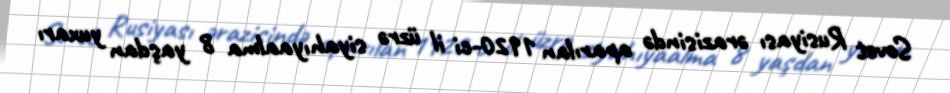
Sovet Rusiyası ərazisində aparılan 1920-ci il üzrə siyahıyaalma 8 yaşdan yuxarı